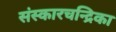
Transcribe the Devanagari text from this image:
संस्कारचन्द्रिका